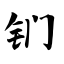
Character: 钔